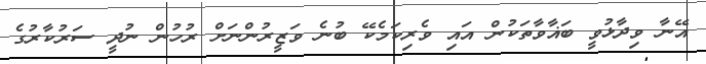
އޭނާ ވިދާޅުވީ ބަޣާވާތަކުން އައި ވެރިކަމެކޭ ބުނެ ވަޒީރުންނަށް ރުހުން ނުދީ ސަރުކާރުގެ